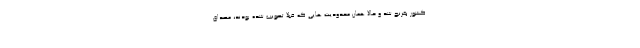
کشور بغرنج شد و حالا همان محدودیت هایی که قبلا تصویب شده بودند، مصداق